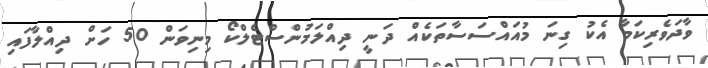
ވާދަވެރިކަމާ އެކު ގިނަ މުއައްސަސާތަކެއް ދަނީ ދިއްލަމުންސްޓެލްކޯ މިނިވަން 50 ހަށް ދިއްލާފައި